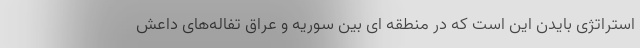
استراتژی بایدن این است که در منطقه ای بین سوریه و عراق تفاله‌های داعش